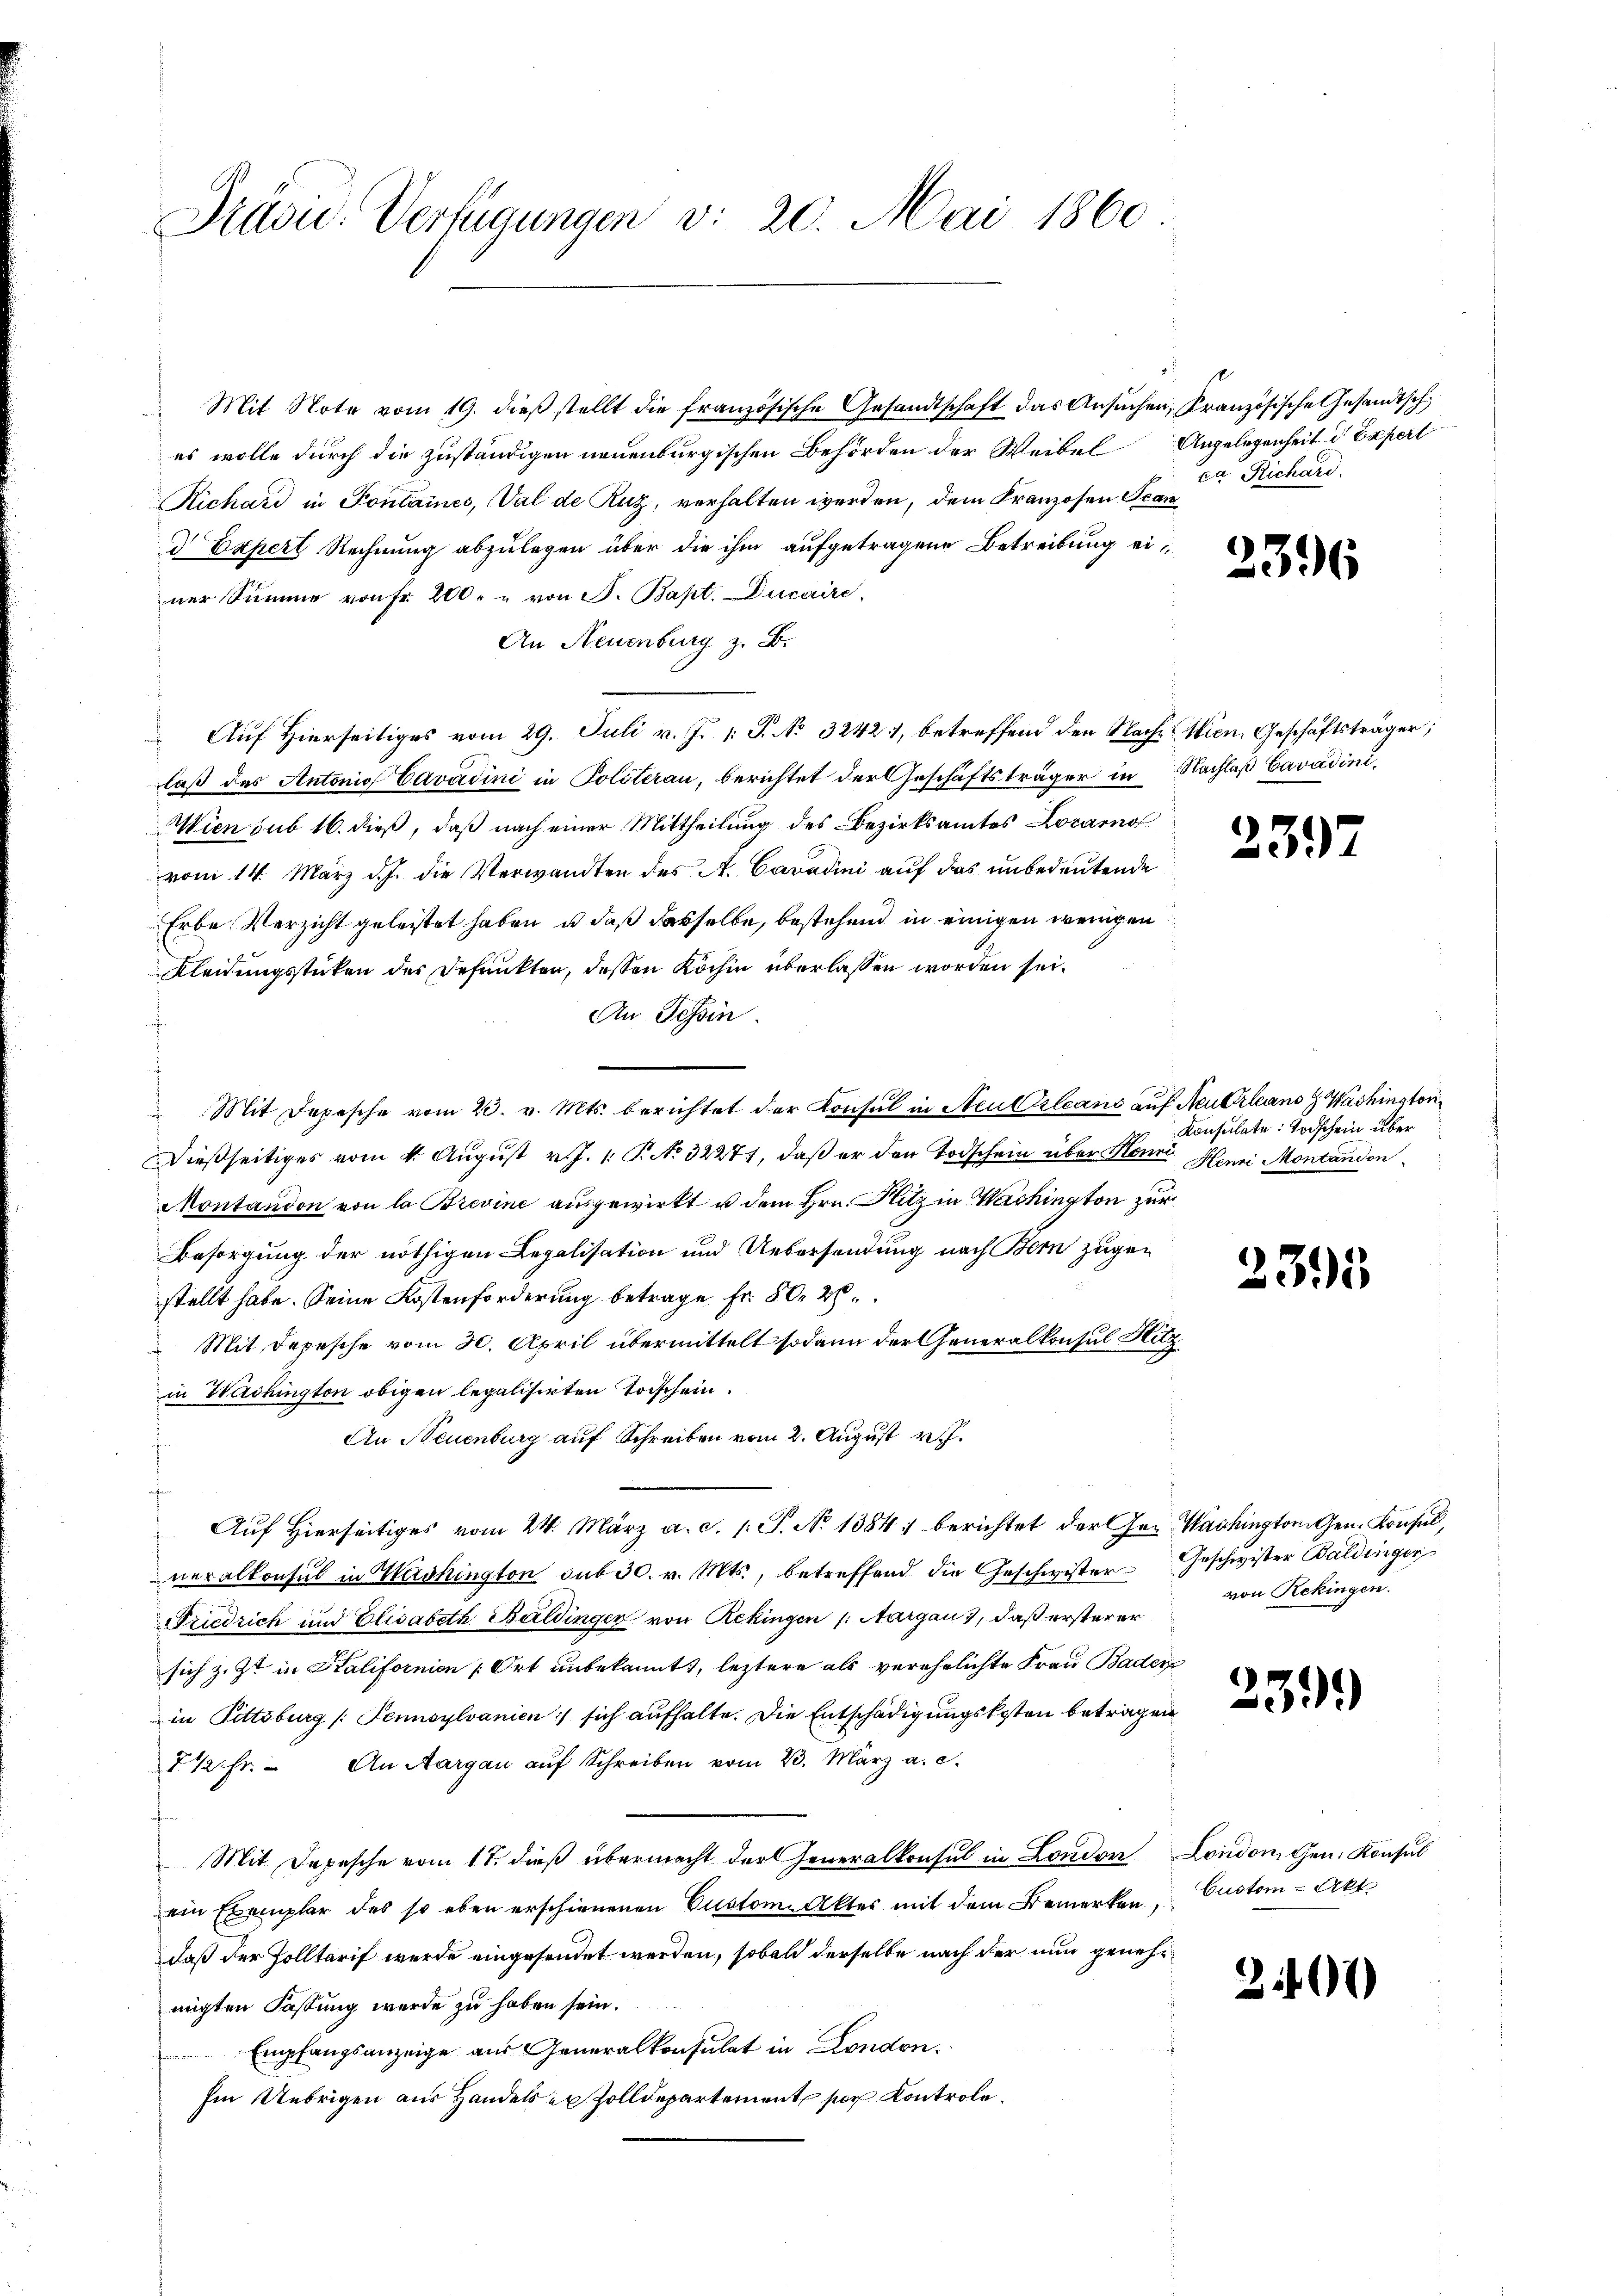
Prävu. Verfügungen v. 20. Mai 1860

Mit Note vom 19. dieß stellt die französische Gesandtschaft das Ansuche
es wolle durch die zuständigen neuenburgischen Behörden der Weibel
Richard in Sontaines, Val de Ruz, verhalten werden, dem Kranzosen Sc
d Expert Rechnung abzulegen über die ihm aufgetragene Betreibung einer Summe von Fr. 200. u von F. Bapt. Ducaire.
An Neuenburg z. B.
 Auf Hierseitiges vom 29. Juli v. J. 1. J. No 32421, betreffend den Nach Wien Geschäftsträger;
laß des Antonio Cavadini in Politerau, berichtet der Geschäftsträger in Nachlaß Cavadini¬
Wien sub 16. dieß, daß nach einer Mittheilung des Bezirksamtes Locarno
vom 14. März d. J. die Verwandten des A. Cavadini auf das unbedeutende
Erbe Verzicht geleistet haben, u. daß dasselbe, bestehend in einigen wenigen
Kleidungsstücken des Defunkten, deßen Köchin überlassen worden sei.
An Tessin.
Mit Depesche vom 23. v. Mts. berichtet der Konsul in Aeussleans auf Neubrleans Washington¬
Dießseitiges vom 4. August v. J. 1. P. No 32271, daß er den Todschein über Honi Henni Montandon
Montandon von la Brevine ausgewirkt u dem Hrn. Hitz in Wachington zu
Besorgung der nöthigen Legalisation und Uebersendung nach Bern zugen
stellt habe. Seine Kostenforderung betrage fr. 80. 27.
Mit Depesche vom 30. April übermittelt sodann der Generalkonsul Stein Washington obigen legalisirten Todschein.
An Neuenburg auf Schreiben vom 2. August v.
Auf Hierseitiges vom 24. März a. c. l. J. No 1384) berichtet der Ge- Washington Gen. Konsul,
neralkonsul in Washington sub 30. v. Mts., betreffend die Geschwister
Friedrich und Elisabeth Baldinger von Rekingen /: Aargau, daß ersterer
sich z. Zt. in Halifornien & Ort unbekannt, leztere als verehelichte Frau Bader
in Pittsburg (Tennsylvanien) sich aufhalte. Die Entschädigungskosten beträge.
7 1/2 fr. An Aargau auf Schreiben vom 23. März a. c.
Mit Depesche vom 17. dieß übermacht der Generalkonsul in London
ein Exemplar des so eben erschienenen Custon Aktes mit dem Bemerken, Custon - Akt.
daß der Zolltarif wurde eingesendet werden, sobald derselbe nach der nun genehmigten Fastung werde zu haben sein.
Empfangsanzeige aus Generalkonsulat in London.
Im Uebrigen aus Handels ex Zolldepartement por Kontrole.

in Kranzösische Gesandtsch,
Angelegenheit d Expert
ca Richard.
22

2396

2397

Konsulate Todschein über

1

395

Geschwister Baldinger
von Rekingen.

239)

London, Gen. Konsul

2401)